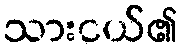
သားငယ်၏